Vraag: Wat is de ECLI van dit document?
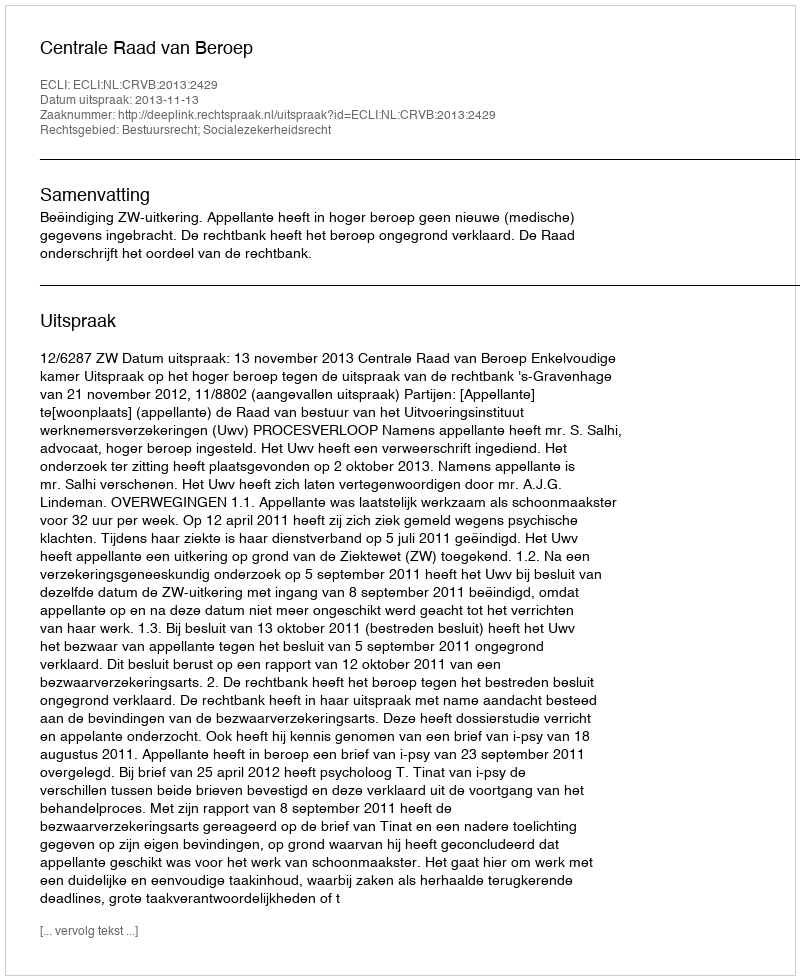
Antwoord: ECLI:NL:CRVB:2013:2429